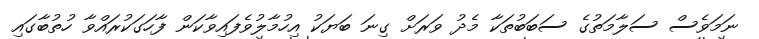
ނަމަވެސް ސަލާމަތުގެ ސަބަބުތަކާ މެދު ވަރަށް ގިނަ ބަޔަކު އިހުމާލުވެފައިވާކަން ފާހަގަކުރައްވާ ހުތުބާގައި